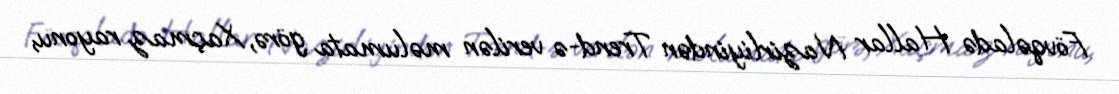
Fövqəladə Hallar Nazirliyindən Trend-ə verilən məlumata görə, Xaçmaz rayonu,